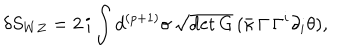
LaTeX: \delta S _ { W Z } = 2 \, i \int d ^ { ( p + 1 ) } \sigma \, \sqrt { \det G } \, ( \bar { \kappa } \, \Gamma \, \Gamma ^ { i } \partial _ { i } \theta ) ,